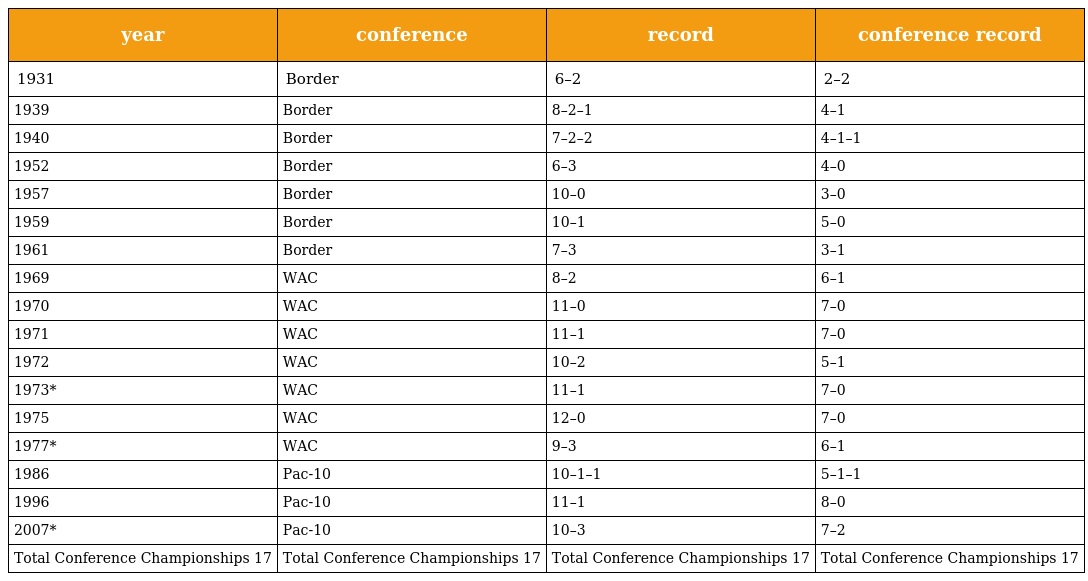
| year | conference | record | conference record |
 | --- | --- | --- | --- |
 | 1931 | Border | 6–2 | 2–2 |
 | 1939 | Border | 8–2–1 | 4–1 |
 | 1940 | Border | 7–2–2 | 4–1–1 |
 | 1952 | Border | 6–3 | 4–0 |
 | 1957 | Border | 10–0 | 3–0 |
 | 1959 | Border | 10–1 | 5–0 |
 | 1961 | Border | 7–3 | 3–1 |
 | 1969 | WAC | 8–2 | 6–1 |
 | 1970 | WAC | 11–0 | 7–0 |
 | 1971 | WAC | 11–1 | 7–0 |
 | 1972 | WAC | 10–2 | 5–1 |
 | 1973* | WAC | 11–1 | 7–0 |
 | 1975 | WAC | 12–0 | 7–0 |
 | 1977* | WAC | 9–3 | 6–1 |
 | 1986 | Pac-10 | 10–1–1 | 5–1–1 |
 | 1996 | Pac-10 | 11–1 | 8–0 |
 | 2007* | Pac-10 | 10–3 | 7–2 |
 | Total Conference Championships 17 | Total Conference Championships 17 | Total Conference Championships 17 | Total Conference Championships 17 |